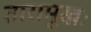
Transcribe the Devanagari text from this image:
तारामुखः